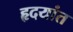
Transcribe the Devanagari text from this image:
हृदयांत